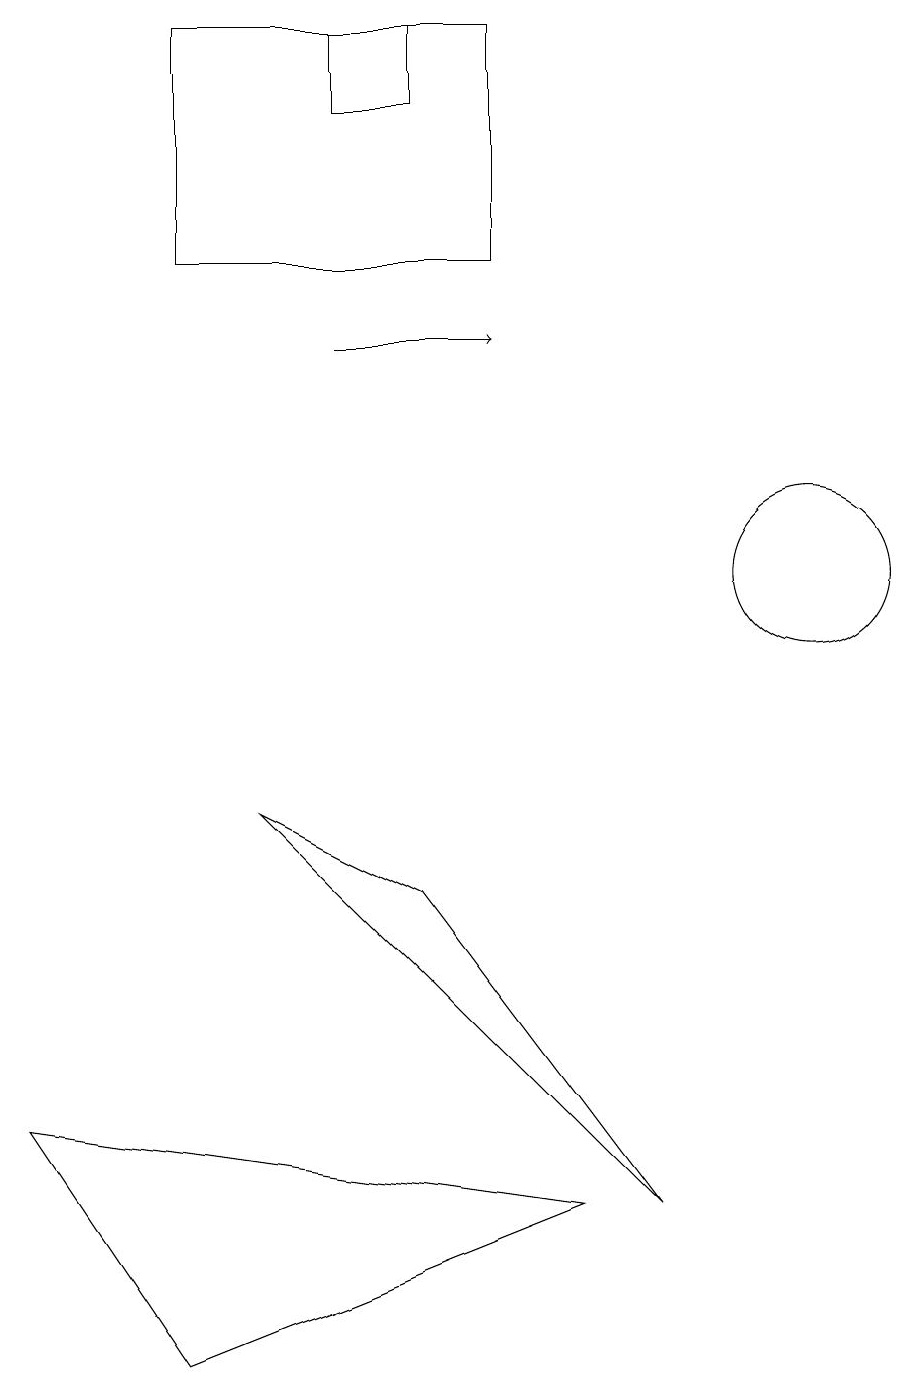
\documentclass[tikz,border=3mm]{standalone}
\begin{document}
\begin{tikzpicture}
\draw (1,4) -- (3,1) -- (8,3) -- cycle;
\draw (7,15) rectangle (3,18);
\draw (11,11) circle (1);
\draw[->] (5,14) -- (7,14);
\draw (5,17) rectangle (6,18);
\draw (6,7) -- (4,8) -- (9,3) -- cycle;
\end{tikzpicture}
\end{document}